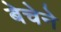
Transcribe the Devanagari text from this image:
बेचेने